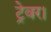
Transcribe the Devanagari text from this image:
ट्रेवर।